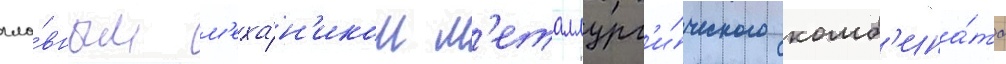
гла́вным м'еха́н'иком м'еталлург'и́ческого комб'ина́та